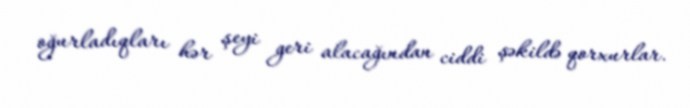
oğurladıqları hər şeyi geri alacağından ciddi şəkildə qorxurlar.